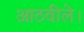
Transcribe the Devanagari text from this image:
आठवीले।